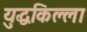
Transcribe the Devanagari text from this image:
युद्धकिल्ला